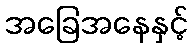
အခြေအနေနှင့်